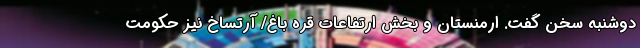
دوشنبه سخن گفت. ارمنستان و بخش ارتفاعات قره باغ/ آرتساخ نیز حکومت